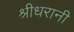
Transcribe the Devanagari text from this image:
श्रीधरानी